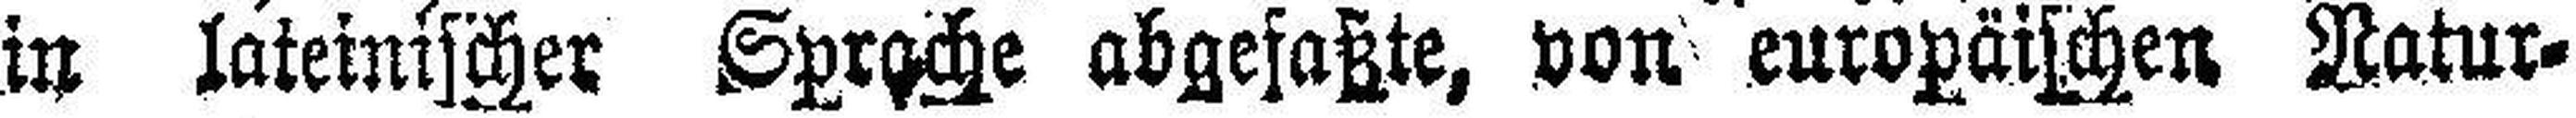
in lateinischer Sprache abgefaßte, von europäischen Natur¬